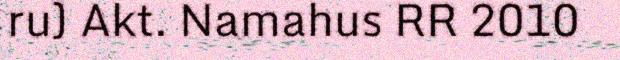
ru) Akt. Namahus RR 2010